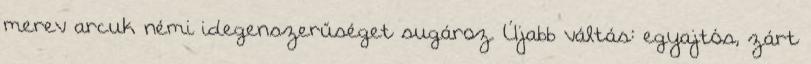
merev arcuk némi idegenszerűséget sugároz. Újabb váltás: egyajtós, zárt